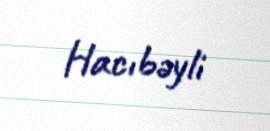
Hacıbəyli